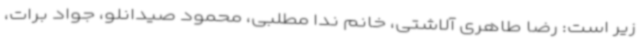
زیر است: رضا طاهری آلاشتی، خانم ندا مطلبی، محمود صیدانلو، جواد برات،